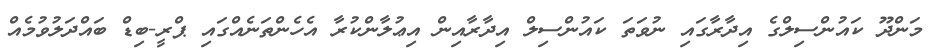
މަންދޫ ކައުންސިލްގެ އިދާރާގައި ނުވަތަ ކައުންސިލް އިދާރާއިން އިޢުލާންކުރާ އެހެންތަނެއްގައި ޕްރީ-ބިޑް ބައްދަލުވުމެއް